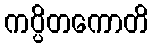
ကပ္ပိတကောတိ